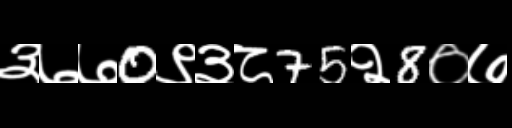
Text: ३७७0९३८75२8०७